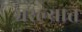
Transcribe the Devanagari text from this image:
भरल्यात